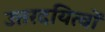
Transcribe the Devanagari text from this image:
उत्तरदयित्वों